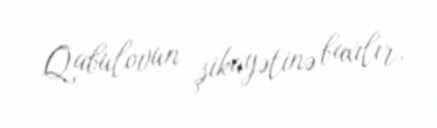
Qabulovun şikayətinə baxılır.